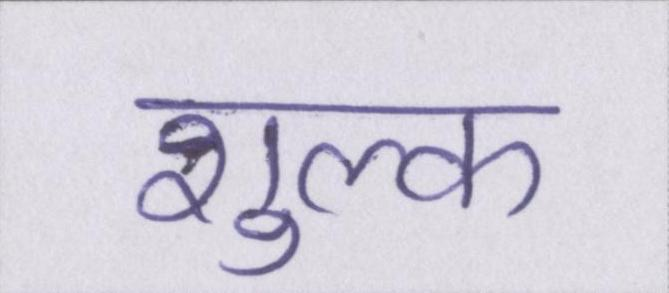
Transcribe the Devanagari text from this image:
शुल्क